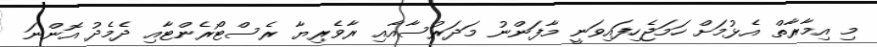
މި އިމާރާތް އެޅުމަށް ހަމަޖެހިފައިވަނީ މާފަންނު މަދަރުސާއާއި ރާވެރިޔާ ރެސްޓޯރެންޓާއި ދެމެދު އޮންނަ